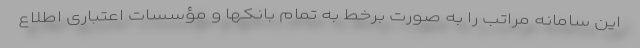
این سامانه مراتب را به صورت برخط به تمام بانکها و مؤسسات اعتباری اطلاع